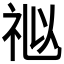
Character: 𥙩